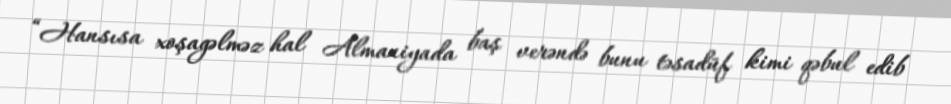
“Hansısa xoşagəlməz hal Almaniyada baş verəndə bunu təsadüf kimi qəbul edib